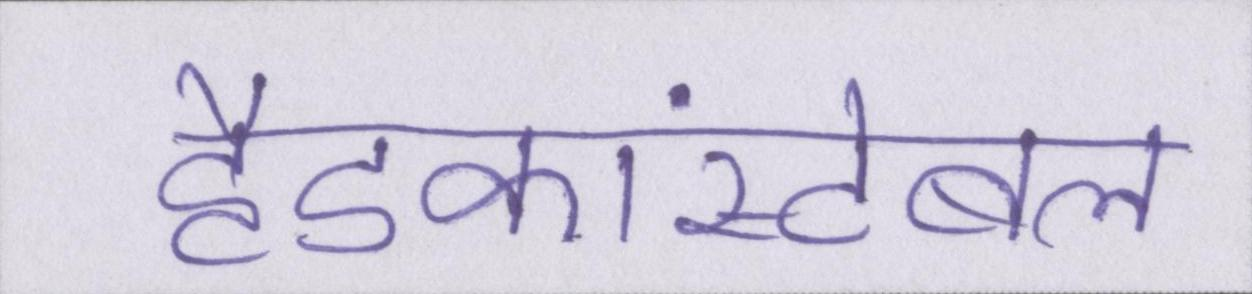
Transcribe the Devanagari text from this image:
हैडकांस्टेबल